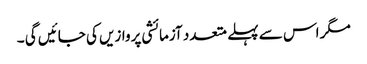
مگر اس سے پہلے متعدد آزمائشی پروازیں کی جائیں گی ۔